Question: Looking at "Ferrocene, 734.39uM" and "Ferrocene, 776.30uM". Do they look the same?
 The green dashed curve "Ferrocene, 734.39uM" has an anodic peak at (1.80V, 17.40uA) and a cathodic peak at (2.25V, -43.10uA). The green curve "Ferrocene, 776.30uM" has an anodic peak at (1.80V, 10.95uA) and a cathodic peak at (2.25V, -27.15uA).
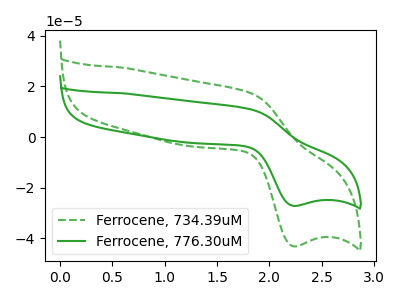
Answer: <think>All the peaks in "Ferrocene, 734.39uM" have a peak in "Ferrocene, 776.30uM" at the same potential. Every peak in "Ferrocene, 734.39uM" is higher than every peak in "Ferrocene, 776.30uM".
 </think>
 <answer>"Ferrocene, 734.39uM" and "Ferrocene, 776.30uM" are similar in shape.</answer>
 <eval>same_shape</eval>